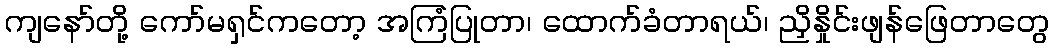
ကျနော်တို့ ကော်မရှင်ကတော့ အကြံပြုတာ၊ ထောက်ခံတာရယ်၊ ညှိနှိုင်းဖျန်ဖြေတာတွေ